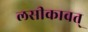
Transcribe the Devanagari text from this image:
लसीकावत्